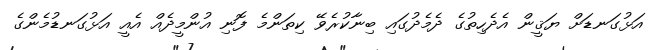
އަޅުގަނޑަށް ޔަޤީން އެދެހިތުގެ ދެމެދުގައި ބިނާކުރެވޭ ކިތަންމެ ފޮނި އުންމީދެއް އެއީ އަޅުގަނޑުމެންގެ